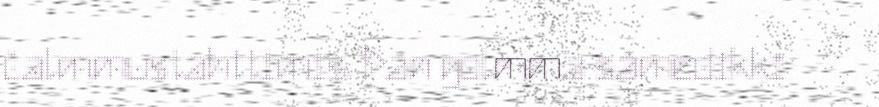
čalmmustahttimis. Dán golmma sámedikki